Scottish Leaving Certificate Examination, 1958
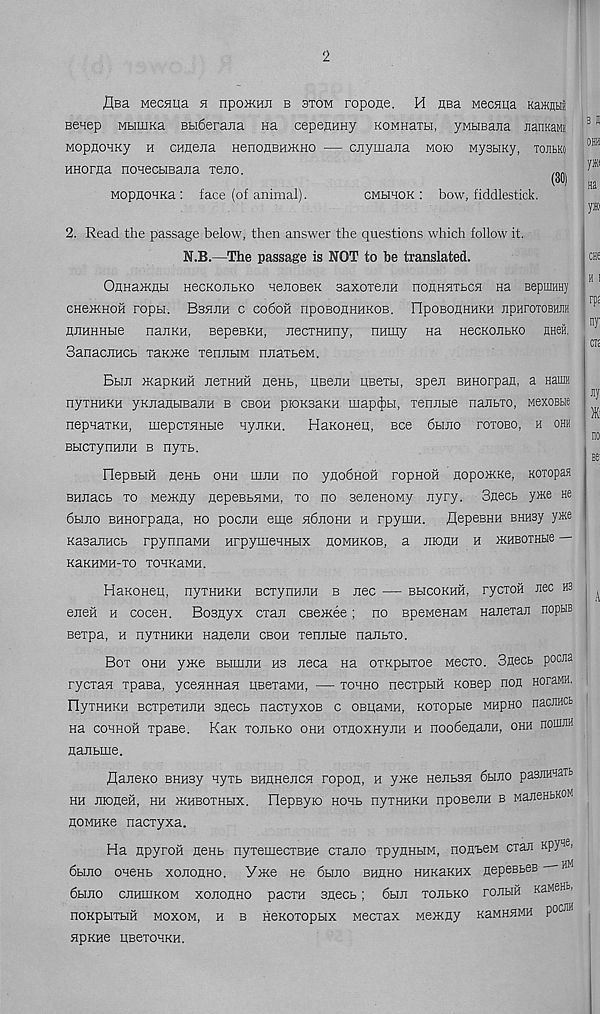
2
flea Mecjiua h npoKHH b stom ropone. H nsa Mecaqa KaiKutiii
eenep MbimKa Bbi6erajia na cepenHHy KOMHara, yMbmana JianKaMH
MopnoHKy h cHnejia HenonBHiKHO — cjiymana moio MysbiKy, tojilko
HHorna noaecbmana Tejio.
(ill)
MopnoHKa : face (of animal).
cmhhok : bow, fiddlestick.
2. Read the passage below, then answer the questions which follow it.
N.B.—The passage is NOT to be translated.
OnnaacHbi necKOJibKo aenoBeK saxoxejiH nonn^Tbca Ha Bepuiray
CHeXCHOH ropbl, BsHJIH C Co6oH npOBOXIHHKOB. ripOBOflHHKH JipHrOTOBHJIH
HJMHHbie nanKH, sepeBKH, necTHHny, nHmy na HecKOJibKo nHeii.
SanacJiHCb xaK>Ke xennbiM nnaxbeM.
Bbui HcapKHH nexHHH neHb, uBejiH uBexbi, speji BHHorpan, a Haim
nyxHHKH yKnanbroaJiH b cboh piOKBaKH map(J)bi, xennbie nanbxo, MexoBbie
nepaaxKH, mepcxiXHbie HynKH. HaKonen, Bee 6bmo poxobo, h ohh
BbicxyriHJiH b nyxb.
riepBbiH neHB ohh uijih no ynobHofl ropnoH nopmKKe, Koxopaa
BHiracb xo Me>Kny nepeBBHMH, xo no seneHOMy nyry. 3necb yae He
6hjio BHHorpana, ho pocnn eme h6jiohh h rpyuiH. flepeBHH bhhby y»e
KasajiHCb rpynnaMH HrpymeHHbix homhkob, a xhoah h jkhboxhh6 —
KaKHMH-XO XOHKaMH.
HaRonen, nyxHHKH BCxynnJiH b Jiec — bhcokhh, rycxoil nee H3
ejiefi h cocen. Bosnyx exan cBextee; no BpeMenaM nanexan noptis
eexpa, h nyxHHKH natieiiH cboh xenubie nanbxo.
Box ohh ytxe BbinuiH hs neca na oxKpbixoe Mecxo. 3necb poena
ryexan xpasa, yceaHHan HBexaMH, — xohho neexpuix KOBep non hoxemh.
OyxHHKH BcxpexHJM Bnecb nacxyxoB c OBitaMn, Koxopue MHpno naeMCfc
na cohhoh xpaee. Kan xojibko ohh oxnoxHyjiH h noobenanH, ohh nouuiH
nanbme.
flaneKO BHHBy nyxb BHHHejicn ropon, h yxce nejibSH 6hjio pasmaaTb
hh JironeH, hh tKHBOXHbix. FlepByio HOHb nyXHHKH npOBejIH B MaJieHbKOM
HOmhkg nacxyxa.
Ha npyroh nenb nyxemecxBHe exano xpyHHHM, nonteM exan KpY 116 ’
6bmo ohchb xononHO. Yxce ne 6hjio bhhho HHKaKHX nepeBbes
HK
6bmo cjihuikom xohohho pacxH snecb; 6hji xoJibKO roJibiix Kane®,
nOKpbIXblH MOXOM, H B HeKOXOpbIX MGCXaX Mencny KaMHHMH P ocm
npKne UBexoHKH.